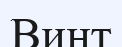
Винт